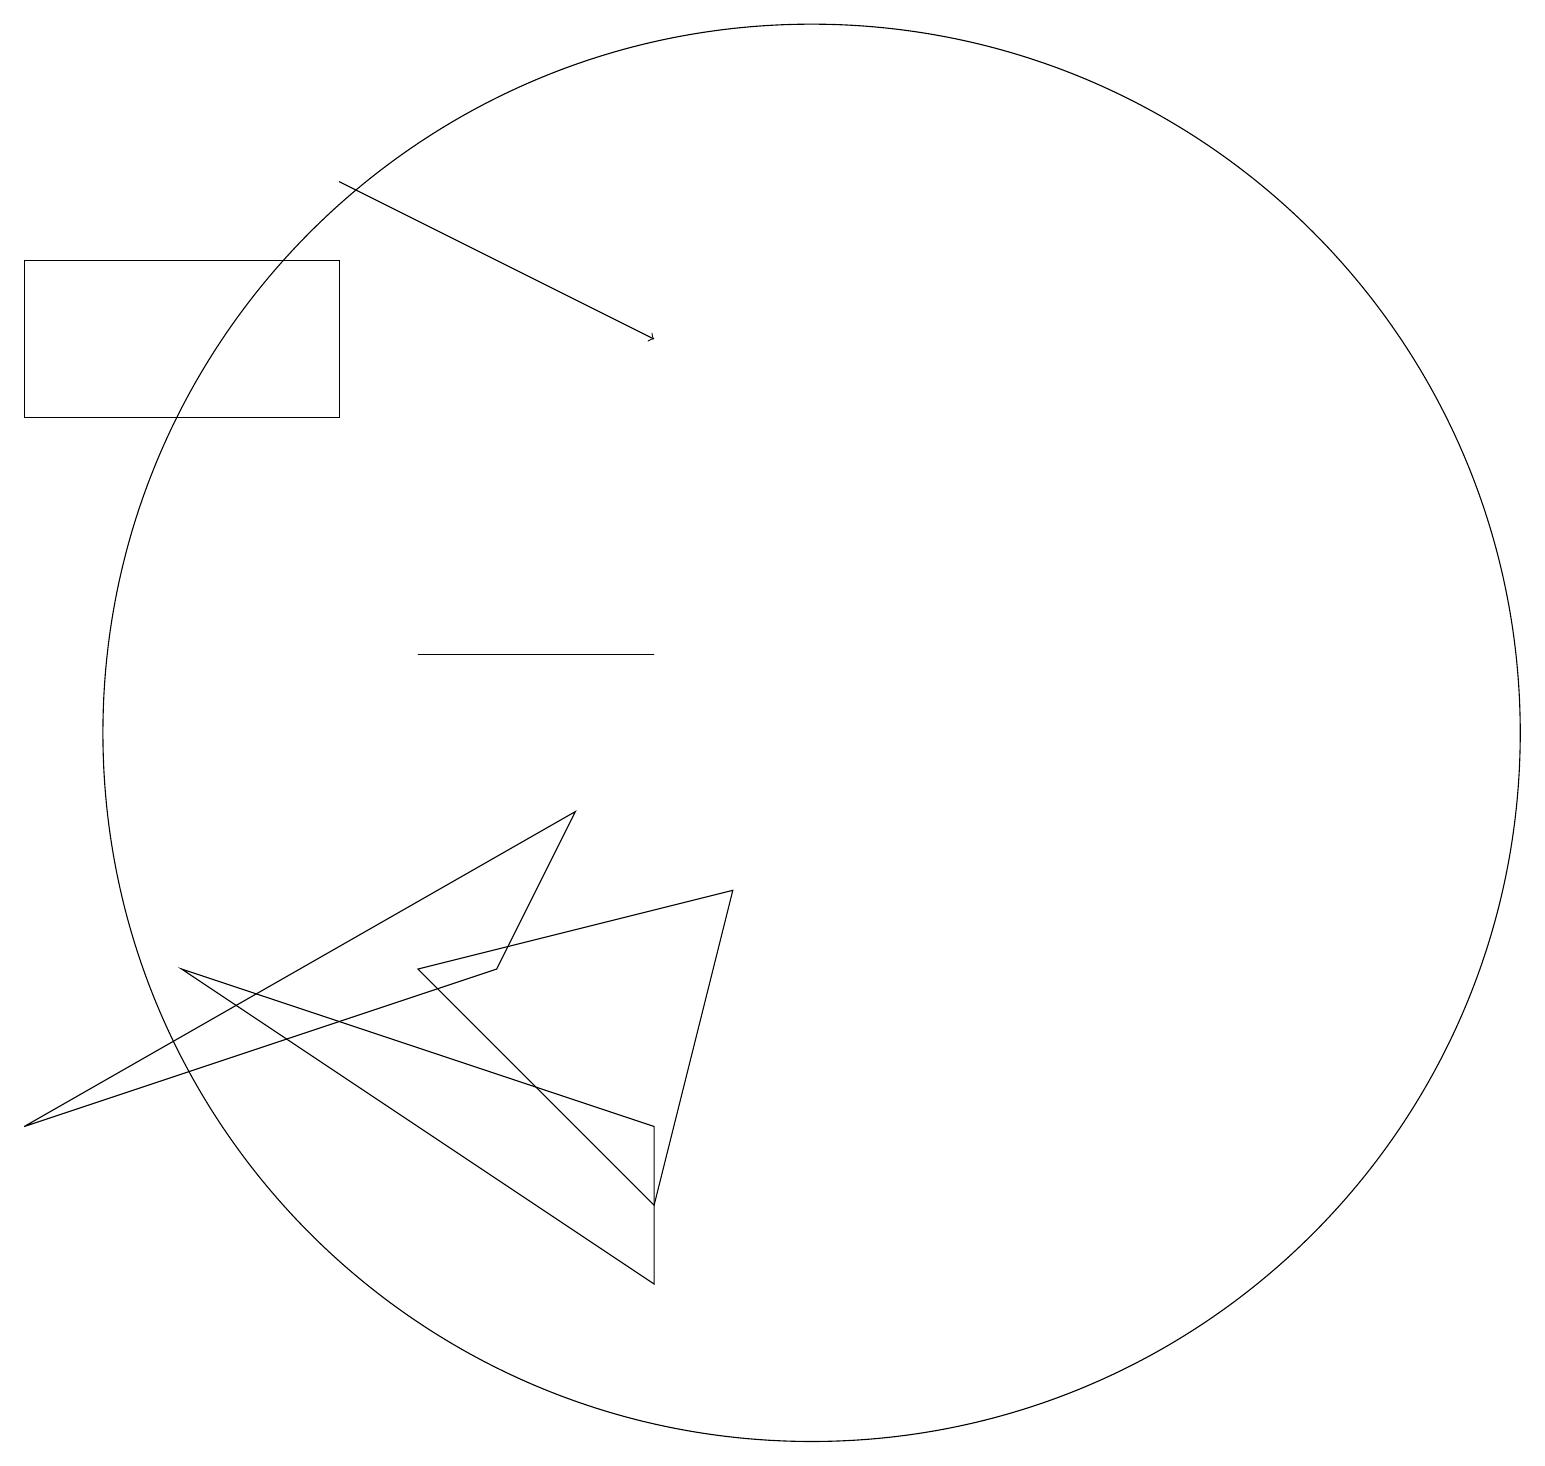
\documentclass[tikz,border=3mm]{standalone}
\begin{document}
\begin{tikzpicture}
\draw (4,14) rectangle (0,16);
\draw (8,11) rectangle (5,11);
\draw (10,10) circle (9);
\draw (0,5) -- (7,9) -- (6,7) -- cycle;
\draw[->] (4,17) -- (8,15);
\draw (9,8) -- (5,7) -- (8,4) -- cycle;
\draw (8,5) -- (2,7) -- (8,3) -- cycle;
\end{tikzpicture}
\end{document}